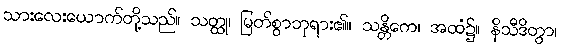
သားလေးယောက်တို့သည်။ သတ္ထု၊ မြတ်စွာဘုရား၏။ သန္တိကေ၊ အထံ၌။ နိသီဒိတွာ၊